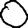
Digit: 0